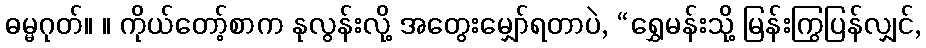
ဓမ္မဂုတ်။ ။ ကိုယ်တော့်စာက နုလွန်းလို့ အတွေးမျှော်ရတာပဲ, “ရွှေမန်းသို့ မြန်းကြွပြန်လျှင်,